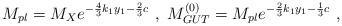
LaTeX: \begin{align*}M_{pl}= M_X e^{-{4\over 3} k_1 y_1- {{2}\over 3} c} ~,~ M_{GUT}^{(0)} = M_{pl} e^{-{2\over 3} k_1 y_1 - {1\over 3} c} ~,~ \,\end{align*}